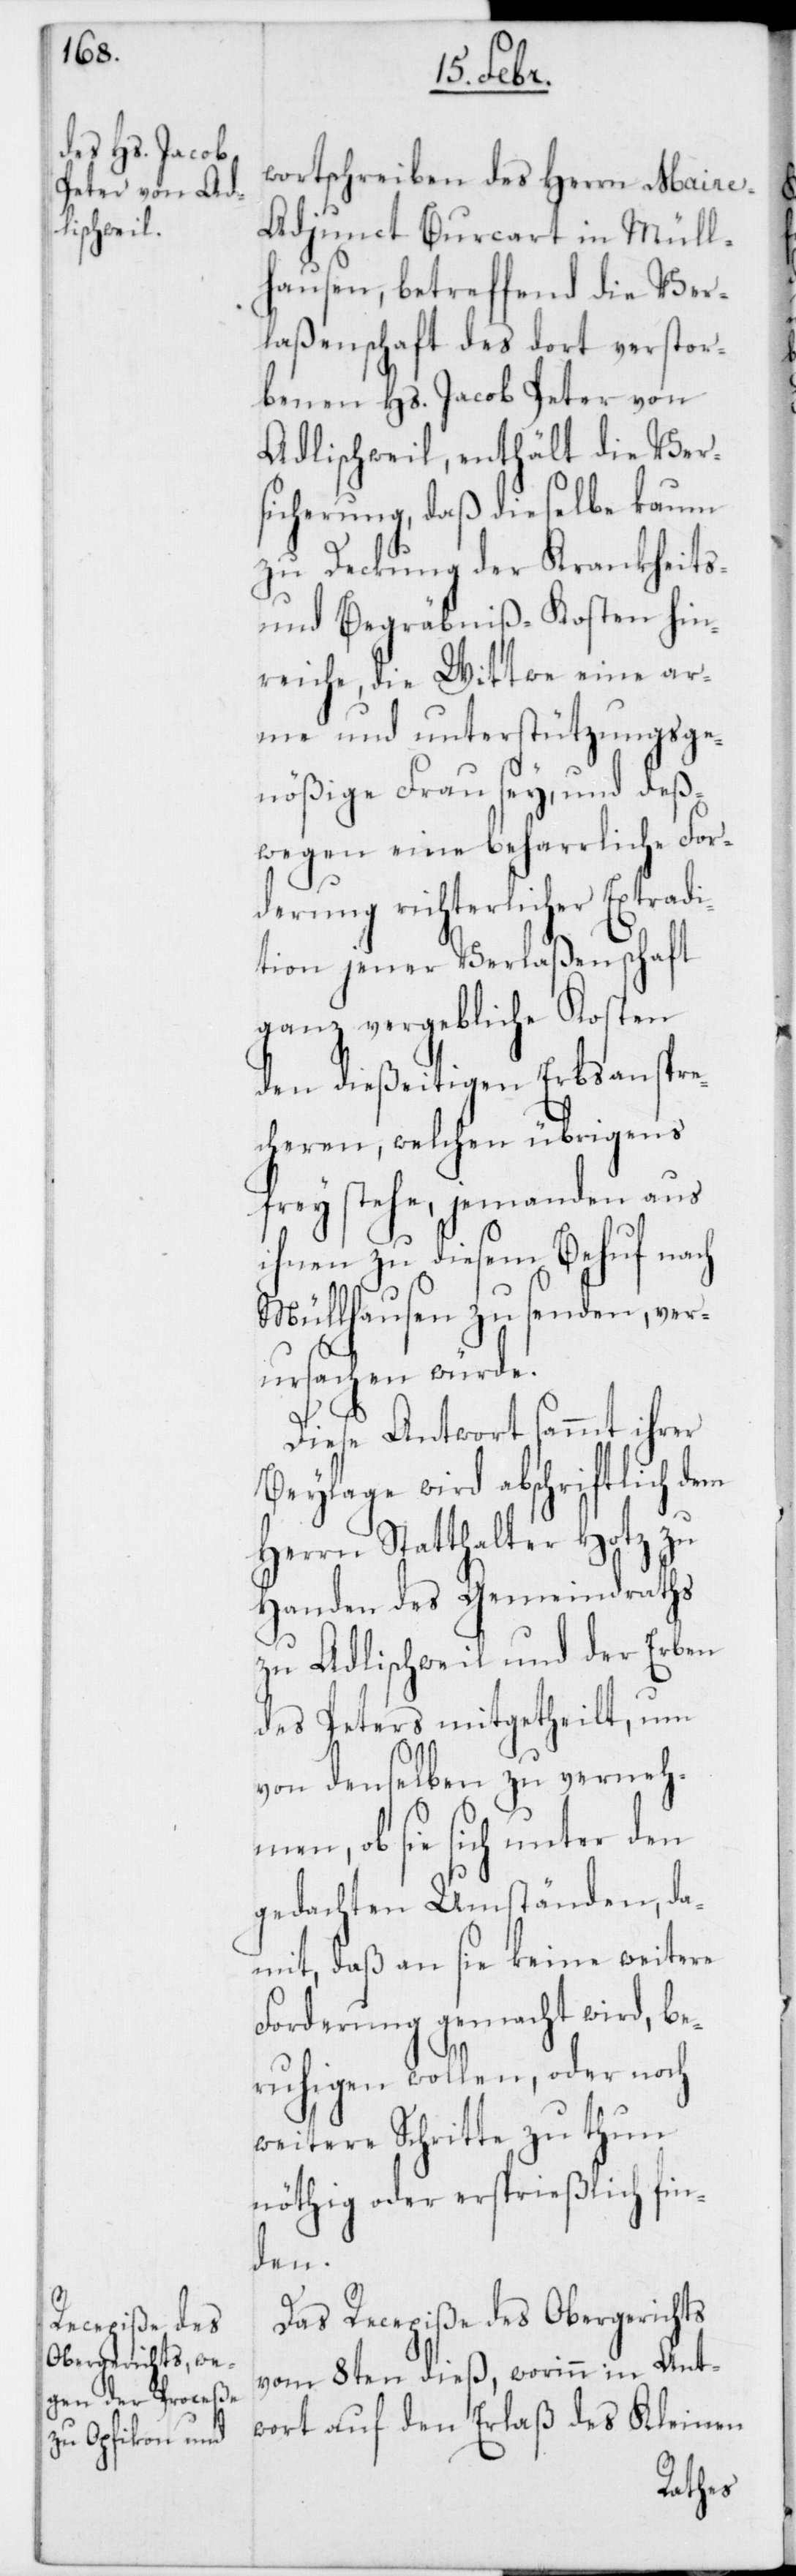
wortschreiben des Herrn Maire-A¬
djunct Burcart in Müll¬
hausen, betreffend die Ver¬
laßenschaft des dort verstor¬
benen Hs. Jacob Peter von
Adlischweil, enthält die Ver¬
sicherung, daß dieselbe kaum
zu Deckung der Krankheits-
und Begräbniß-Kosten hin¬
reiche, die Wittwe eine ar¬
me und unterstützungsge¬
nößige Frau sey, und deß¬
wegen eine beharrliche For¬
derung richterlicher Extradi¬
tion jener Verlaßenschaft
ganz vergebliche Kosten
den dießeitigen Erbsanspre¬
cheren, welchen übrigens
frey stehe, jemanden aus
ihnen zu diesem Behuf nach
Müllhausen zu senden, ver¬
ursachen würde.
Diese Antwort sammt ihrer
Beylage wird abschriftlich dem
Herrn Statthalter Hotz zu
Handen des Gemeindraths
zu Adlischweil und der Erben
des Peters mitgetheilt, um
von denselben zu verneh¬
men, ob sie sich unter den
gedachten Umständen, da¬
mit, daß an sie keine weitere
Forderung gemacht wird, be¬
ruhigen wollen, oder noch
weitere Schritte zu thun
nöthig oder ersprießlich fin¬
den.
Das Recepiße des Obergerichts
vom 8ten dieß, worinn in Ant¬
wort auf den Erlaß des Kleinen